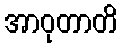
အာဝုတာတိ